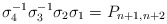
\begin{align*}\sigma_4^{-1}\sigma_3^{-1}\sigma_2\sigma_1 = P_{n+1,n+2}\end{align*}